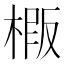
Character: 𭫍